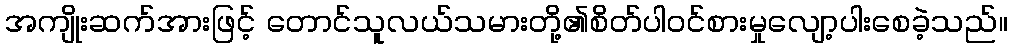
အကျိုးဆက်အားဖြင့် တောင်သူလယ်သမားတို့၏စိတ်ပါဝင်စားမှုလျော့ပါးစေခဲ့သည်။